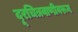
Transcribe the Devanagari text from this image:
दूरचित्रवाणीवरून